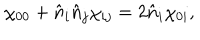
\chi _ { 0 0 } + \hat { n } _ { i } \hat { n } _ { j } \chi _ { i j } = 2 \hat { n } _ { i } \chi _ { 0 i } ,